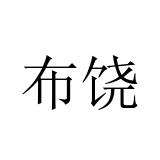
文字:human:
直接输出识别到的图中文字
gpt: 布饶